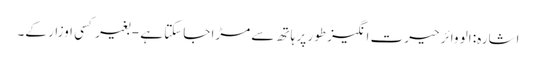
اشارہ: الو وائر حیرت انگیز طور پر ہاتھ سے مڑا جاسکتا ہے - بغیر کسی اوزار کے۔